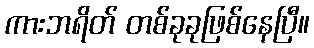
ကားဘရိတ် တစ်ခုခုဖြစ်နေပြီ။